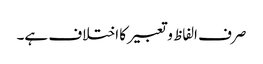
صرف الفاظ و تعبیر کا اختلاف ہے۔